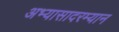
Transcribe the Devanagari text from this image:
अभ्यासादरम्यान